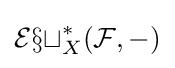
{\mathcal {Ext}}_{X}^{*}({\mathcal {F}},-)